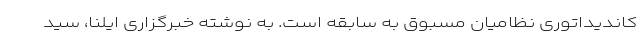
کاندیداتوری نظامیان مسبوق به سابقه است. به نوشته خبرگزاری ایلنا، سید